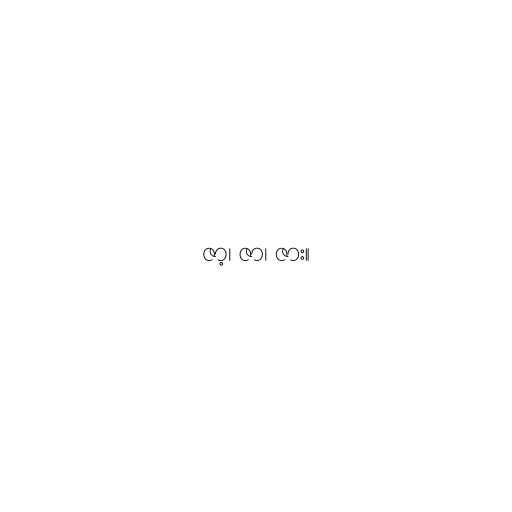
ဇာ့၊ ဇာ၊ ဇား။